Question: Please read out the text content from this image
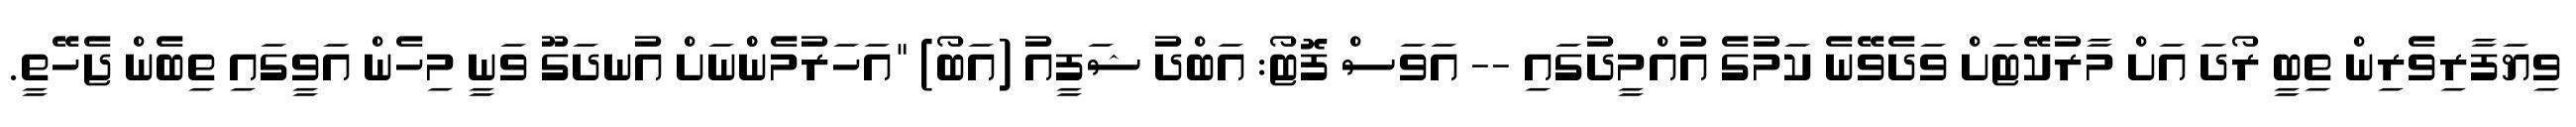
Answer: ވިޔަފާރިވެރިން ތިބީ ރޯދަ އަށް މާރުކޭޓަށް ވަދެވޭނެ ކަމުގެ އުއްމީދުގައި -- އަވަސް ފޮޓޯ: އަބްދު ޝަފީއު (އަބޯ) "އަހަރުމެންްނަށް އުނދަގޫ ވަނީ މިހެން އަވީގައި ތިބެން ޖެހޭތީ.